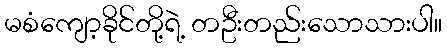
မစံကျော့ခိုင်တို့ရဲ့ တဦးတည်းသောသားပါ။